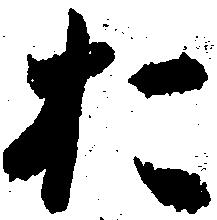
お